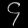
Digit: ၄